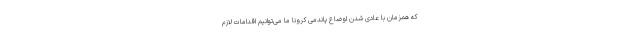
که همزمان با عادی شدن اوضاع پاندمی کرونا ما می‌توانیم اقدامات لازم